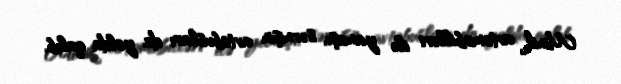
Minik avtomobilləri ilə yanaşı, sərnişin avtobusları da yolda qalıb.